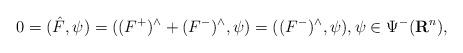
LaTeX: \begin{align*}0=(\hat F,\psi)=( (F^+)^\wedge+(F^-)^\wedge,\psi)=((F^-)^\wedge,\psi),\psi\in \Psi^-(\mathbf R^n),\end{align*}